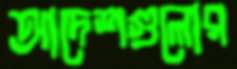
আদেশগুলোর